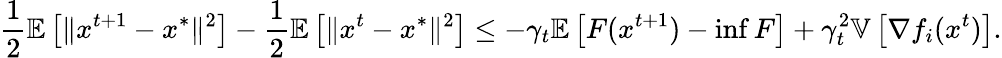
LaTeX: \frac{1}{2}\mathbb{E}\left[\Vert x^{t+1}-x^{*}\Vert^{2}\right]-\frac{1}{2}\mathbb{E}\left[\Vert x^{t}-x^{*}\Vert^{2}\right]\leq-\gamma_{t}\mathbb{E}\left[F(x^{t+1})-\operatorname*{inf}F\right]+\gamma_{t}^{2}\mathbb{V}\left[\nabla f_{i}(x^{t})\right].